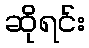
ဆိုရင်း